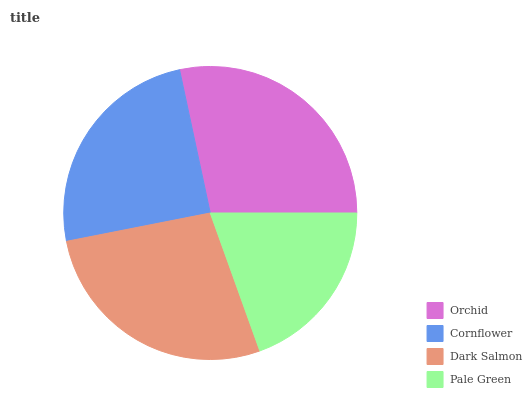
| Orchid | Cornflower | Dark Salmon | Pale Green |
 | --- | --- | --- | --- |
 | 28.3% | 24.7% | 27.4% | 19.6% |